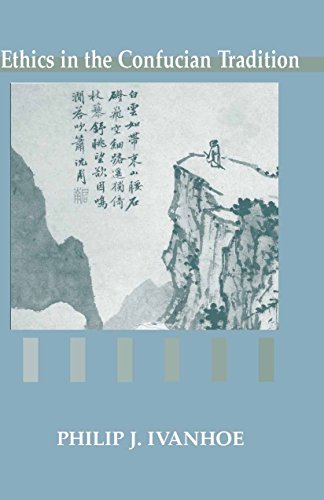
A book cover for Ethics in the Confucian Tradition: The Thought of Mengzi and Wang Yangming; Philip J. Ivanhoe; Religion & Spirituality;